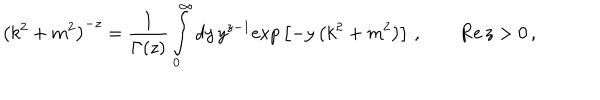
\left( k ^ { 2 } + m ^ { 2 } \right) ^ { - z } = \frac 1 { \Gamma ( z ) } \int _ { 0 } ^ { \infty } d y \, y ^ { z - 1 } \mathrm { e x p } \left[ - y \left( k ^ { 2 } + m ^ { 2 } \right) \right] \, , \qquad \mathrm { R e } \, z > 0 \, ,